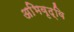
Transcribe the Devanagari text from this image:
अभिवृद्वि